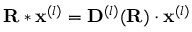
\mathbf { R } * \mathbf { x } ^ { ( l ) } = \mathbf { D } ^ { ( l ) } ( \mathbf { R } ) \cdot \mathbf { x } ^ { ( l ) }